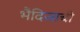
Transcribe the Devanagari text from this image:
भैदिजाची